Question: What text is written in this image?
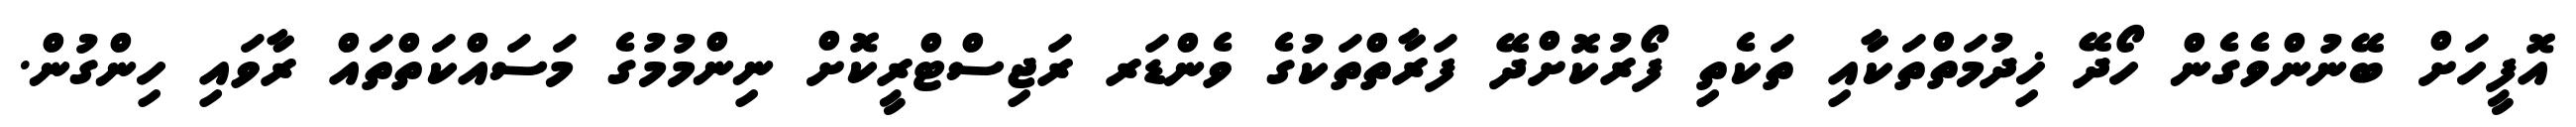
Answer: އޮފީހަށް ބޭނުންވެގެން ހޯދޭ ޚިދުމަތްތަކާއި ތަކެތި ފޯރުކޮށްދޭ ފަރާތްތަކުގެ ވެންޑަރ ރަޖިސްޓްރީކޮށް ނިންމުމުގެ މަސައްކަތްތައް ރާވައި ހިންގުން.